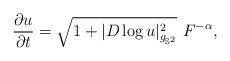
LaTeX: \begin{align*} \frac{\partial u}{\partial t}=\sqrt{1+|D\log u|^2_{g_{\mathbb{S}^2}}}~F^{-\alpha},\end{align*}